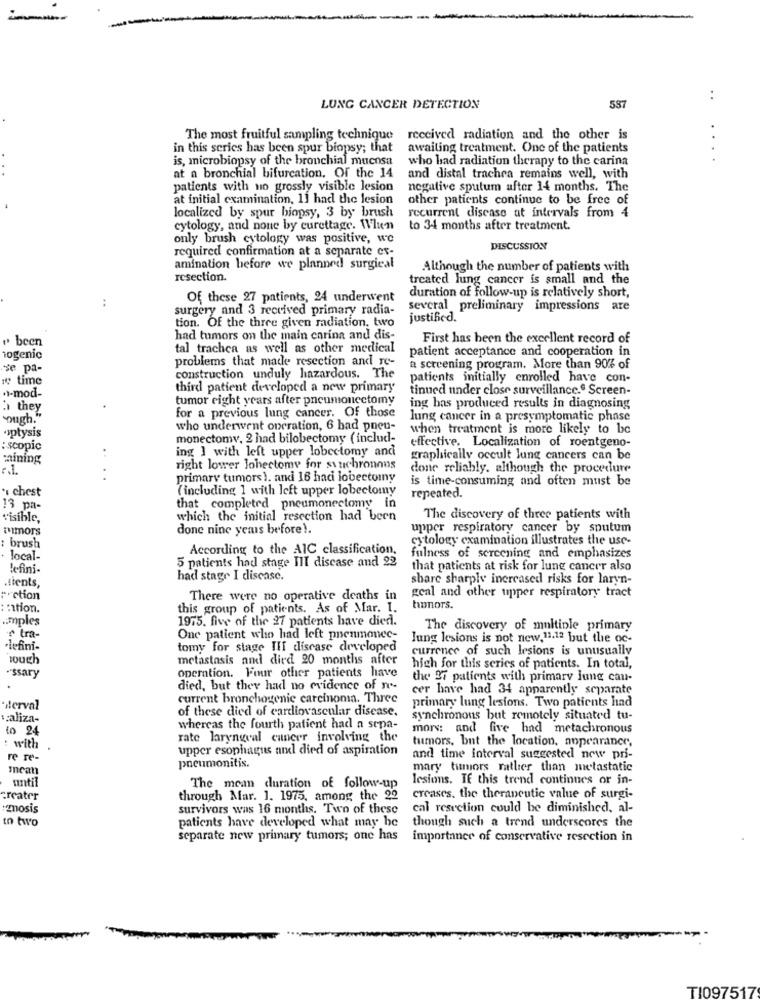
-
..
LUNG CANCER DETECTION
537
The most fruitful sampling technique
received radiation and the other is
in this series has been spur biopsy; that
awaiting treatment. One of the patients
is, microbiopsy of the bronchial mucosa
who had radiation therapy to the carina
at a bronchial bifurcation, Of the 14
and distal trachea remains well, with
patients with no grossly visible lesion
negative sputum after 14 months. The
at initial examination, 11 had the lesion
other patients continue to be free of
localized by spur biopsy, 3 by brush
recurrent disease at intervals from 4
cytology, and none by curettage. WIun
to 34 months after treatment.
only brush cytology was positive, wo
required confirmation at a separate ex-
DISCUSSION
amination before we planned surgical
Although the number of patients with
resection.
treated lung cancer is small and the
duration of follow-up is relatively short,
Of these 27 patients, 24 underwent
..
surgery and 3 received primary radia-
several preliminary impressions are
tion. Of the three given radiation. two
justified.
" been
had tumors on the main enrina and dis-
First has been the excellent record of
tal trachea as well as other medical
patient acceptance and cooperation in
1ogenic
problems that made resection and re-
se pa-
a screening program. More than 90% of
# time
construction unduly hazardous. The
patients initially enrolled have con-
third patient developed a new primary
tinued under close surveillance.@ Screen-
.1-mod-
tumor eight years after pneumonectomy
they
for a previous lung cancer. Of those
ing has produced results in diagnosing
ough."
lung cancer in a presymptomatic phase
·spłysis
who underwent operation, 6 had pneu-
when treatment is more likely to be
monectomy, 2 had bilobectomy ( includ-
: scopic
ing ] with left upper lobectomy and
effective. Localization of roentgeno-
mining
. .
graphically occult lung cancers can be
r.1.
right lower lobectomy for synchronous
done reliably. although the procedure
primary tumors ). and 16 haci lobectomy
is time-consuming and often must be
* chest
(including 1 with left upper lobectomy
repeated.
13 pa-
that completed pneumonectomy in
visible,
which the initial resection had been
The discovery of three patients with
amors
donc nine yems before !.
upper respiratory cancer by sputum
cytology examination illustrates the use-
brush
According to the AIC classification.
local-
5 patients had stage III discase and 22
fulness of screening and emphasizes
lefini-
that patients at risk for lung cancer also
had stage I disease.
share sharply increased risks for laryn-
.tients,
goal and other upper respiratory tract
+ction
There were no operative deaths in
: nation.
this group of patients. As of Mar. I.
honors.
.imples
1975. five of the 27 patients have died.
The discovery of multiple primary
tra-
One patient who had left prenmonec-
Jung lesions is not new,11.12 but the oc-
·lefini-
tomy for stage IHf disease developed
currence of such lesions is unusually
metastasis and died 20 months after
operation. Four other patients have
high for this series of patients. In total,
·'ssary
the 37 patients with primary jung can-
died, but they had no evidence of n-
cer have had 34 apparently separate
current bronchogenic carcinoma. Three
primary lung lesions. Two patients had
Herval
of these died of cardiovascular disease.
v:aliza-
synchronous but remotely situated tu-
to 24
whereas the fourth patient had a sepa-
mors: and five had metachronous
rate laryngeal cancer involving the
tumors, but the location, appearance,
: with
upper esophagus mil died of aspiration
re re-
and time interval suggested new pri-
mean
pneumonitis.
mary tumors rather than metastatic
until
lesions. TE this trend continues or in-
The mean duration of follow-up
Greater
through Mar. 1. 1975, among the 22
creases. the therapeutic value of surgi-
+mosis
survivors was 16 months. Two of these
cal resection could be diminished, al-
In two
patients have developed what may be
though such a trend underscores the
separate new primary tumors; one has
importance of conservative resection in
TI097517